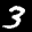
Label: 3